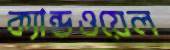
ক্যান্ডওয়েল